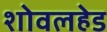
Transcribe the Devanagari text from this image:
शोवलहेड